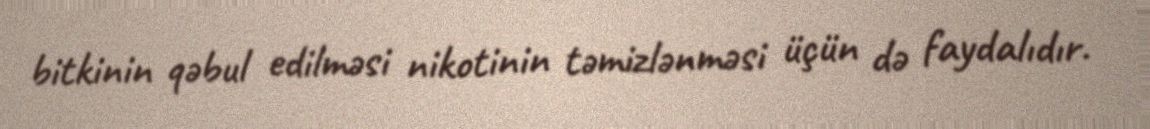
bitkinin qəbul edilməsi nikotinin təmizlənməsi üçün də faydalıdır.